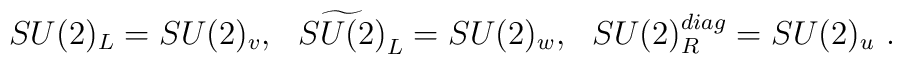
SU(2)_L=SU(2)_v,~~ \widetilde{SU(2)}_L=SU(2)_w,~~SU(2)_R^{diag}=SU(2)_u \ .